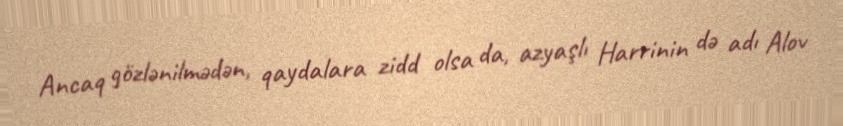
Ancaq gözlənilmədən, qaydalara zidd olsa da, azyaşlı Harrinin də adı Alov